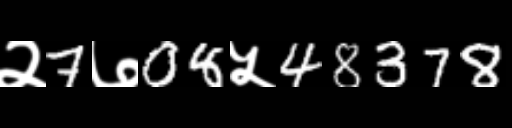
Text: २7७08५48378